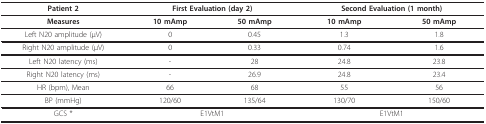
| Patient 2 | <COLSPAN=2> First Evaluation (day 2) | <COLSPAN=2> Second Evaluation (1 month) |
 | --- | --- | --- | --- | --- |
 | Measures | 10 mAmp | 50 mAmp | 10 mAmp | 50 mAmp |
 | Left N20 amplitude (μV) | 0 | 0.45 | 1.3 | 1.8 |
 | Right N20 amplitude (μV) | 0 | 0.33 | 0.74 | 1.6 |
 | Left N20 latency (ms) | - | 28 | 24.8 | 23.8 |
 | Right N20 latency (ms) | - | 26.9 | 24.8 | 23.4 |
 | HR (bpm), Mean | 66 | 68 | 55 | 56 |
 | BP (mmHg) | 120/60 | 135/64 | 130/70 | 150/60 |
 | GCS * | <COLSPAN=2> E1VtM1 | <COLSPAN=2> E1VtM1 |